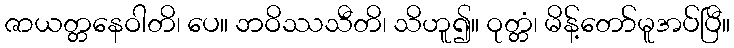
ဇာယတ္တနေဝါတိ၊ ပေ။ ဘဝိဿသီတိ၊ သိဟူ၍။ ဝုတ္တံ၊ မိန့်တော်မူအပ်ပြီ။